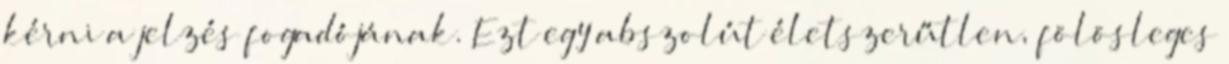
kérni a jelzés fogadójának. Ezt egy abszolút életszerűtlen, fölösleges